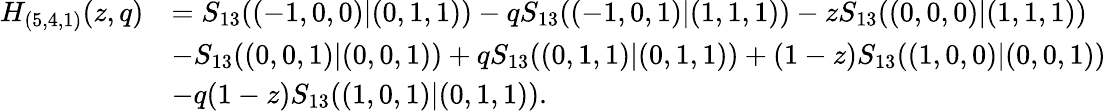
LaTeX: \begin{array}{rl}{H_{(5,4,1)}(z,q)}&{=S_{13}((-1,0,0)|(0,1,1))-qS_{13}((-1,0,1)|(1,1,1))-zS_{13}((0,0,0)|(1,1,1))}\\ &{-S_{13}((0,0,1)|(0,0,1))+qS_{13}((0,1,1)|(0,1,1))+(1-z)S_{13}((1,0,0)|(0,0,1))}\\ &{-q(1-z)S_{13}((1,0,1)|(0,1,1)).}\end{array}